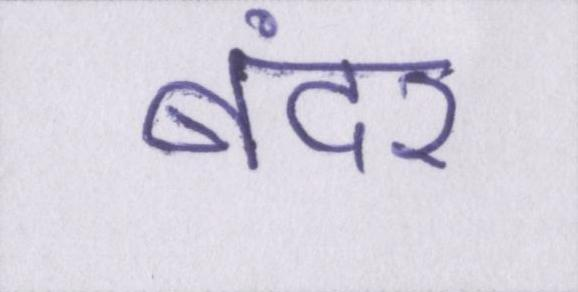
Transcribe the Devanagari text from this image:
बंदर